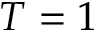
T = 1